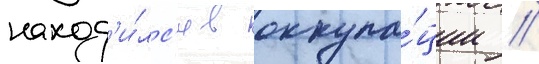
наход'и́лс'я в оккупа́ции //